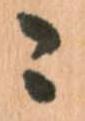
ニ